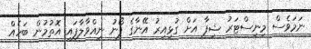
ނަމަވެސް މިނިސްޓަރު ޝިފާ އަށް ގުޅިއިރު އޭނާގެ ފޯނު ނިއްވާލާފައި އޮތުމުން ބަހެއް